Reports on military cantonments and civil stations in the Presidency of Bombay inspected by the Sanitary Commissioner in the years 1875 and 1876
Year: 1875
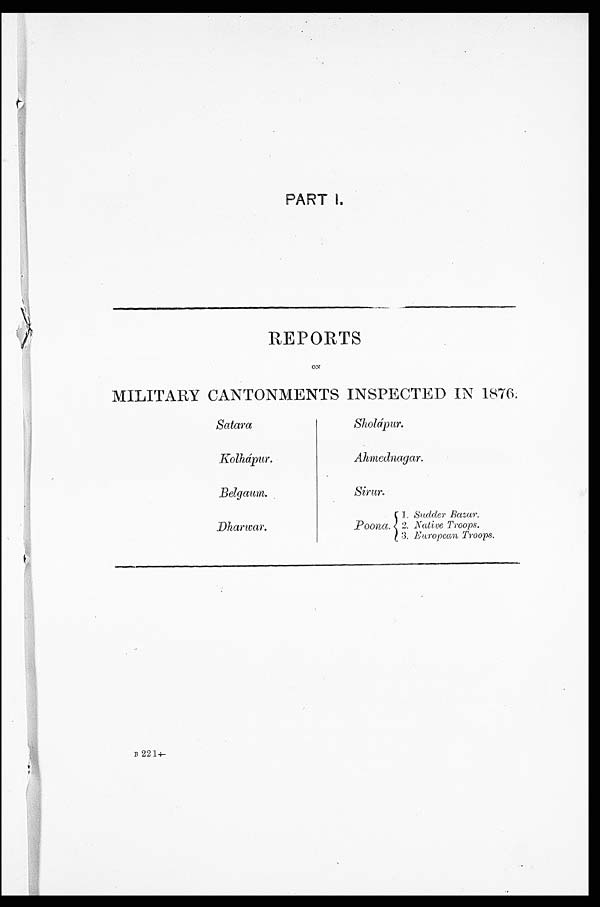
PART I.
REPORTS
ON
MILITARY CANTONMENTS INSPECTED IN 1876.
S a t a r a
S h o l á p u r .
K o l h á p u r .
Ah me d n a g a r .
B e l g a u m .
S i r u r .
Dharwar.
P o o n a .
1. Sudder Bazar.
2. Native Troops.
3. European Troops.
B 221